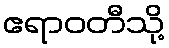
ဧရာဝတီသို့